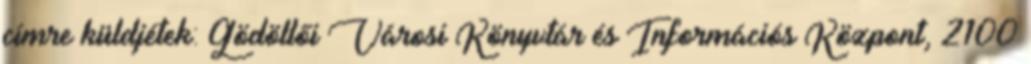
címre küldjétek: Gödöllői Városi Könyvtár és Információs Központ, 2100